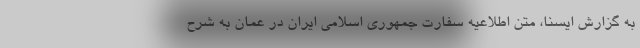
به گزارش ایسنا، متن اطلاعیه سفارت جمهوری اسلامی ایران در عمان به شرح